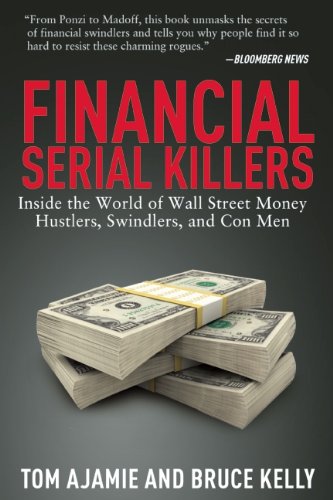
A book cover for Financial Serial Killers: Inside the World of Wall Street Money Hustlers, Swindlers, and Con Men; Tom Ajamie; Business & Money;